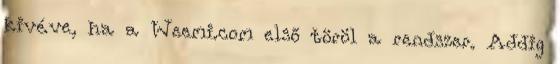
kivéve, ha a Weemi.com első töröl a rendszer. Addig